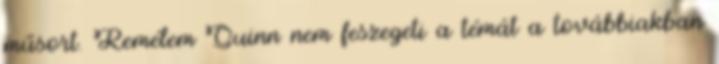
műsort. Remélem Quinn nem feszegeti a témát a továbbiakban